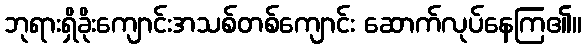
ဘုရားရှိခိုးကျောင်းအသစ်တစ်ကျောင်း ဆောက်လုပ်နေကြ၏။